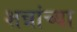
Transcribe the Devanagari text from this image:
शन्नांच्या